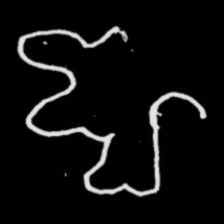
Pyu character \u2014 Myanmar letter: ဈ (romanized: jha)